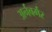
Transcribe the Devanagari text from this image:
अर्नबर्गर